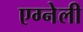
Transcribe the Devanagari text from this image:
एग्नेली